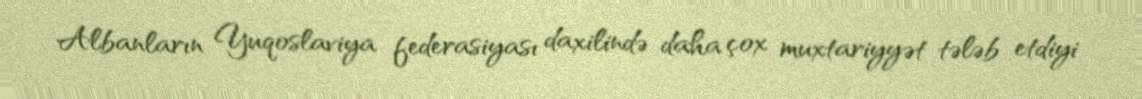
Albanların Yuqoslaviya federasiyası daxilində daha çox muxtariyyət tələb etdiyi